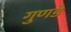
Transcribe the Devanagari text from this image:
गुणडे